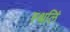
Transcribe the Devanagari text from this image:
स्थलिं